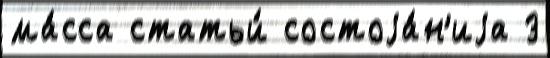
ма́сса статьи́ состоjа́н'иjа 3